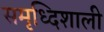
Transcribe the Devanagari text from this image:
समृध्दिशाली